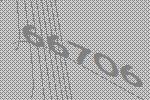
66706